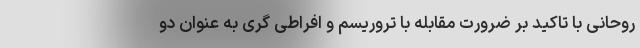
روحانی با تاکید بر ضرورت مقابله با تروریسم و افراطی گری به عنوان دو